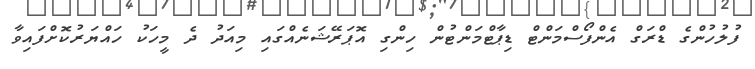
ފުލުހުންގެ ޑްރަގް އެންފޯސްމަންޓް ޑިޕާޓްމަންޓުން ހިންގި އޮޕަރޭޝަނެއްގައި މިއަދު ދެ މީހަކު ހައްޔަރުކޮށްފައިވާ